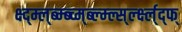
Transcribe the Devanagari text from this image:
क्ष्द्म्ल्ब्म्ब्च्म्ब्ल्म्ल्स्र्ल्क्ष्ल्द्फ्